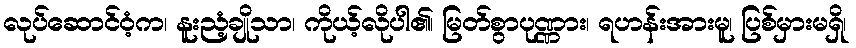
လုပ်ဆောင်ဝံ့က၊ နူးညံ့ချိုသာ၊ ကိုယ့်လိုပါ၏၊ မြတ်စွာပုဏ္ဏား၊ ရဟန်းအားမူ၊ ပြစ်မှားမရှိ၊